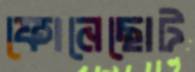
ফোনেছোট